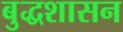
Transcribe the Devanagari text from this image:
बुद्धशासन